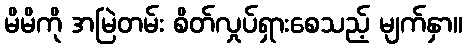
မိမိကို အမြဲတမ်း စိတ်လှုပ်ရှားစေသည့် မျက်နှာ။